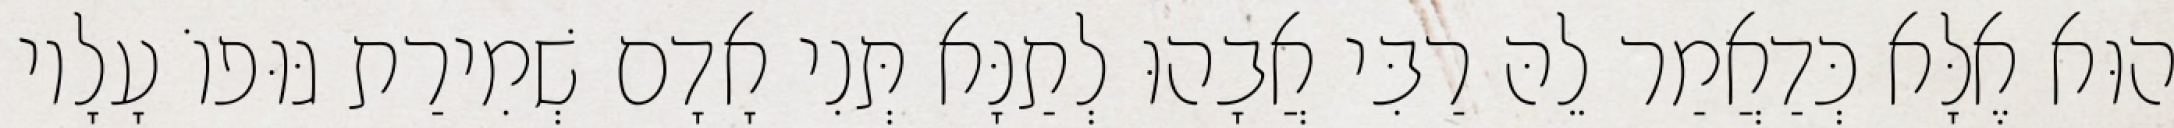
הוּא אֶלָּא כְּדַאֲמַר לֵהּ רַבִּי אֲבָהוּ לְתַנָּא תְּנִי אָדָם שְׁמִירַת גּוּפוֹ עָלָיו